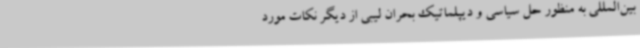
بین‌المللی به منظور حل سیاسی و دیپلماتیک بحران لیبی از دیگر نکات مورد